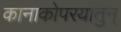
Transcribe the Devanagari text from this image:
कानाकोपरयातुन्